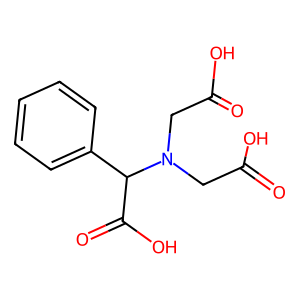
SMILES: O=C(O)CN(CC(=O)O)C(C(=O)O)c1ccccc1
Inhibits HIV replication: No